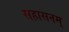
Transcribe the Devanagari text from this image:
सहासनम्